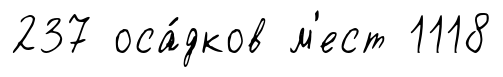
237 оса́дков м'ест 1118